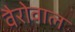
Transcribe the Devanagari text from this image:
वैरोवाल